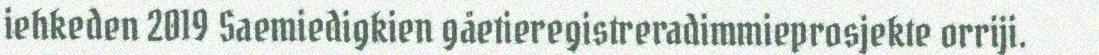
iehkeden 2019 Saemiedigkien gåetieregistreradimmieprosjekte orriji.